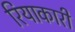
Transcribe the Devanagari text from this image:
रियाकारी